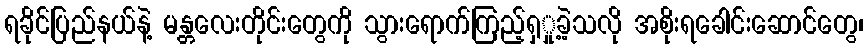
ရခိုင်ပြည်နယ်နဲ့ မန္တလေးတိုင်းတွေကို သွားရောက်ကြည့်ရှှု့ခဲ့သလို အစိုးရခေါင်းဆောင်တွေ၊